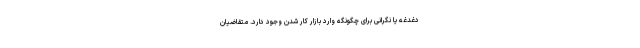
دغدغه یا نگرانی برای چگونگه وارد بازار کار شدن وجود دارد. متقاضیان